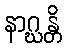
နာဂ္ဃန္တိ